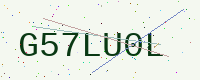
Text: G57LU0L